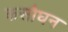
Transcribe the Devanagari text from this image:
कसौघन